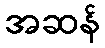
အဆန်